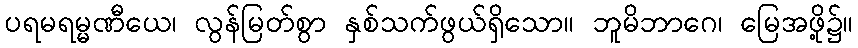
ပရမရမ္မဏီယေ၊ လွန်မြတ်စွာ နှစ်သက်ဖွယ်ရှိသော။ ဘူမိဘာဂေ၊ မြေအဖို့၌။